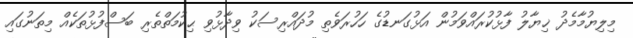
މިލިޔުމާމެދު ޚިޔާލު ފާޅުކުރައްވަމުން އަޅުގަނޑުގެ ހަހުރަވެތި މުދައްރިސަކު ވިދާޅުވި ޙިކުމަތްތެރި ބަސްފުޅުތަކެއް މިތަނުގައި